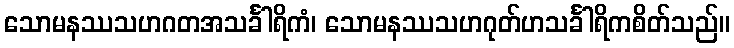
သောမနဿသဟဂတအသင်္ခါရိကံ၊ သောမနဿသဟဂုတ်ဟသင်္ခါရိကစိတ်သည်။